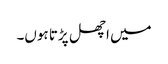
میں اچھل پڑتا ہوں۔